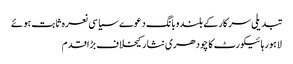
تبدیلی سرکارکے بلندوبانگ دعوے سیاسی نعرہ ثابت ہوئے
لاہورہائیکورٹ کا چودھری نثار کیخلاف بڑاقدم